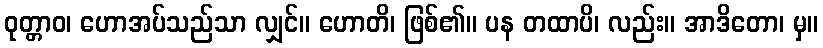
ဝုတ္တာဝ၊ ဟောအပ်သည်သာ လျှင်။ ဟောတိ၊ ဖြစ်၏။ ပန တထာပိ၊ လည်း။ အာဒိတော၊ မှ။